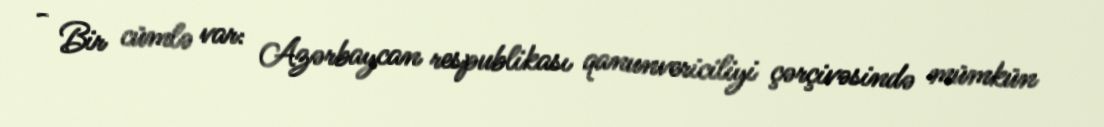
- Bir cümlə var: Azərbaycan respublikası qanunvericiliyi çərçivəsində mümkün